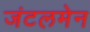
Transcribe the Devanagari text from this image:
जंटलमेन